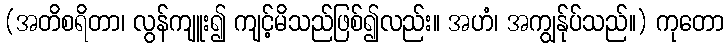
(အတိစရိတာ၊ လွန်ကျူး၍ ကျင့်မိသည်ဖြစ်၍လည်း။ အဟံ၊ အကျွန်ုပ်သည်။) ကုတော